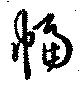
幅